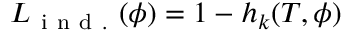
{ L } _ { \mathrm { ~ i ~ n ~ d ~ . ~ } } ( \phi ) = 1 - h _ { k } ( T , \phi )